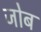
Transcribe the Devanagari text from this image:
जोब